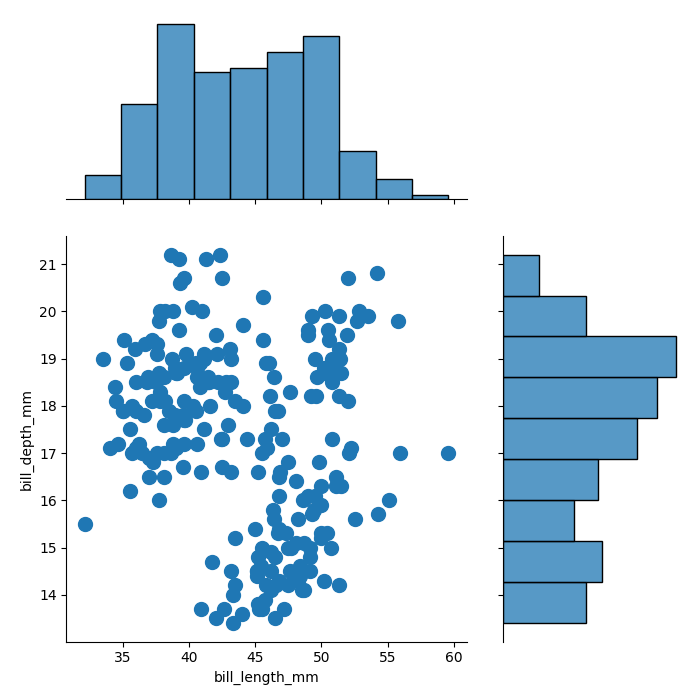
python, seaborn, jointplot, kind='scatter', height='7', ratio='2', marginal_ticks='False'